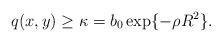
LaTeX: \begin{align*}q(x,y)\geq \kappa=b_{0}\exp\{-\rho R^{2}\}.\end{align*}